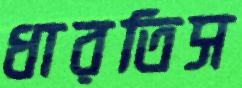
ধারতিস